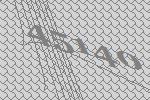
45140